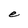
Character: e